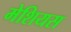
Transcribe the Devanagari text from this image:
मेशियस